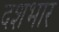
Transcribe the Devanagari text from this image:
दशभार